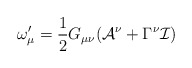
\begin{align*}\omega _{\mu }^{\prime }=\frac{1}{2}G_{\mu \nu }(\mathcal{A}^{\nu }+\Gamma^{\nu }\mathcal{I}) \end{align*}